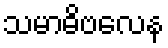
သမာဓိဗလေန